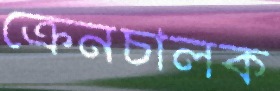
ক্রেনচালক